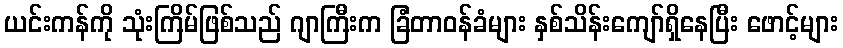
ယင်းကန်ကို သုံးကြိမ်ဖြစ်သည် ဂျာကြီးက ခြံတာဝန်ခံများ နှစ်သိန်းကျော်ရှိနေပြီး ဖောင့်များ